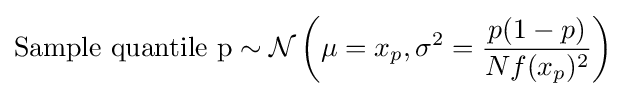
{\text{Sample quantile p}}\sim {\mathcal {N}}\left(\mu =x_{p},\sigma ^{2}={\frac {p(1-p)}{Nf(x_{p})^{2}}}\right)